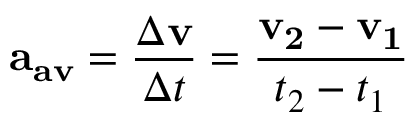
\mathbf { a _ { a v } } = { \frac { \Delta \mathbf { v } } { \Delta t } } = { \frac { \mathbf { v _ { 2 } } - \mathbf { v _ { 1 } } } { t _ { 2 } - t _ { 1 } } }